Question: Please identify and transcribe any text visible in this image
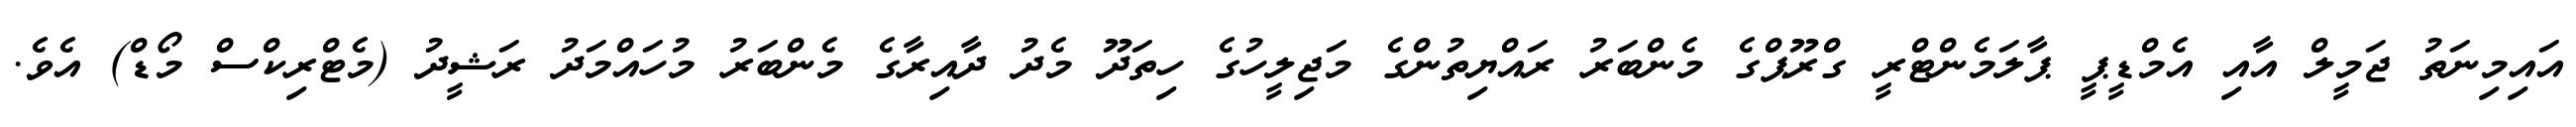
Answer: އައިމިނަތު ޖަމީލް އާއި އެމްޑީޕީ ޕާލަމެންޓްރީ ގްރޫޕްގެ މެންބަރު ރައްޔިތުންގެ މަޖިލީހުގެ ހިތަދޫ މެދު ދާއިރާގެ މެންބަރު މުހައްމަދު ރަޝީދު (މެޓްރިކްސް މޯޑް) އެވެ.